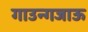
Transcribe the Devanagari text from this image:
गाउन्गजाऊ